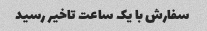
سفارش با یک ساعت تاخیر رسید